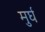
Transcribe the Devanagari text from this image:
मुर्घ